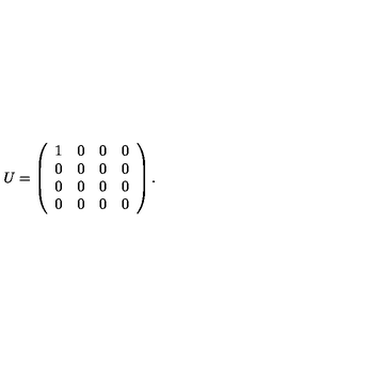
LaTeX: U = \left( \begin{array} { c c c c } { 1 } & { 0 } & { 0 } & { 0 } \\ { 0 } & { 0 } & { 0 } & { 0 } \\ { 0 } & { 0 } & { 0 } & { 0 } \\ { 0 } & { 0 } & { 0 } & { 0 } \\ \end{array} \right) .